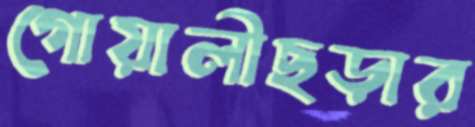
গোয়ালীছড়ার